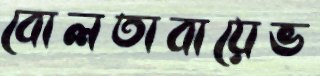
বোলতাবায়েভ